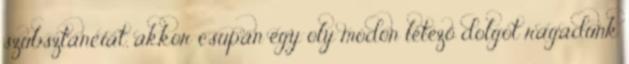
szubsztanciát, akkor csupán egy oly módon létező dolgot ragadunk